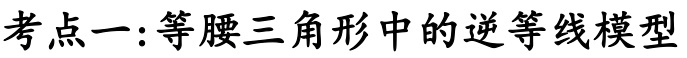
考点一:等腰三角形中的逆等线模型